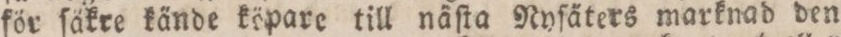
för ſäkre kände köpare till näſta Nyſäters marknad den